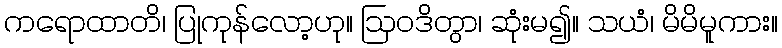
ကရောထာတိ၊ ပြုကုန်လော့ဟု။ ဩဝဒိတွာ၊ ဆုံးမ၍။ သယံ၊ မိမိမူကား။